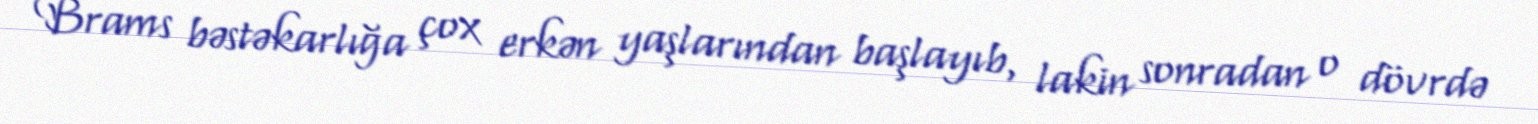
Brams bəstəkarlığa çox erkən yaşlarından başlayıb, lakin sonradan o dövrdə